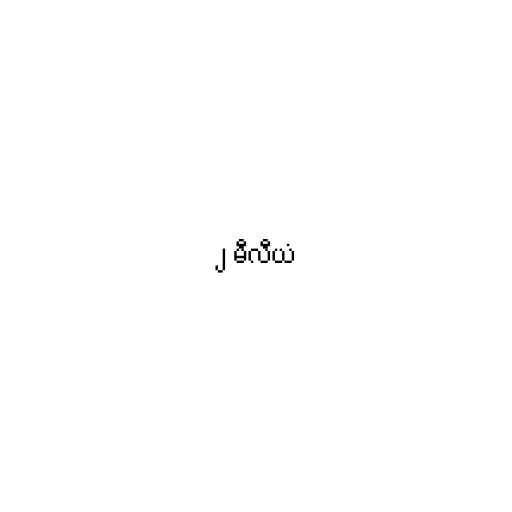
၂ မီလီယံ